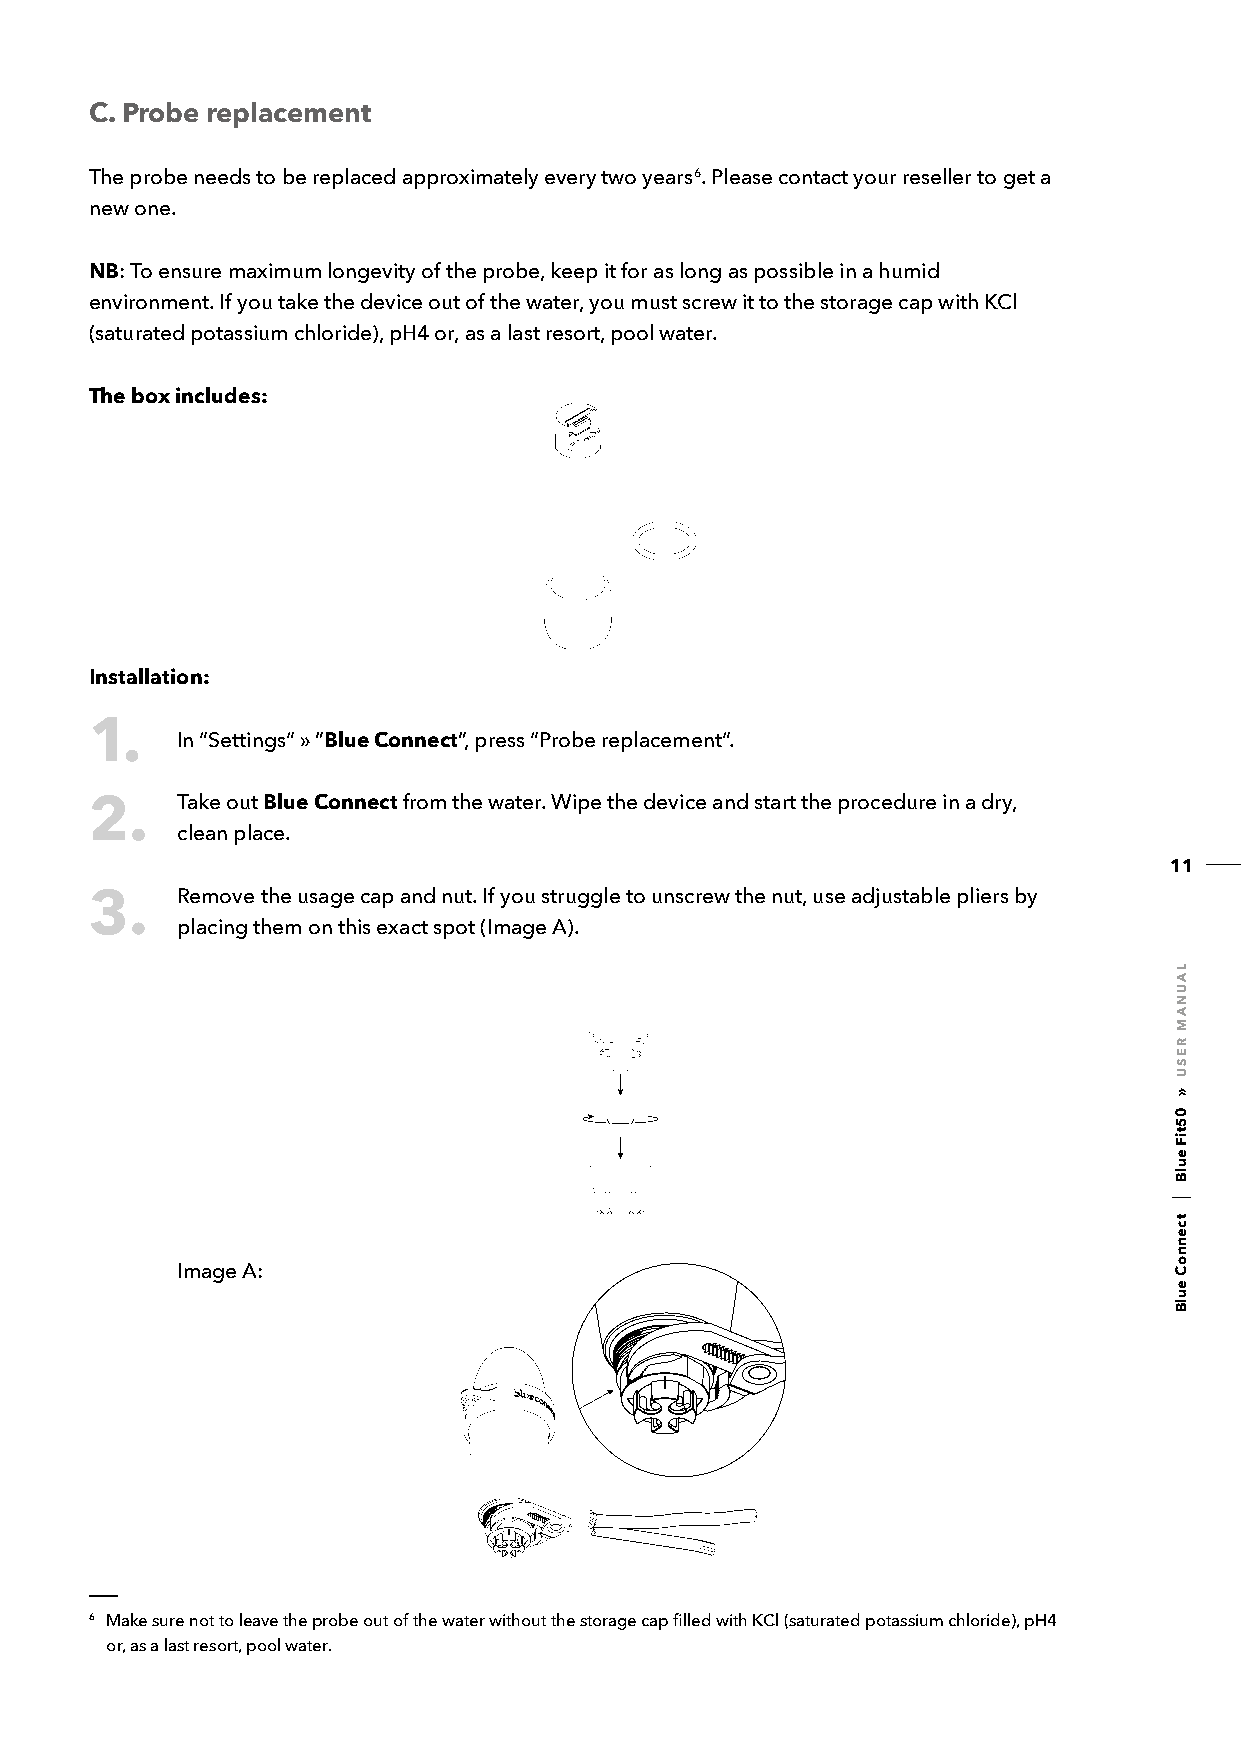
C. Probe replacement
 The probe needs to be replaced approximately every two years6. Please contact your reseller to get a
 new one.
 NB: To ensure maximum longevity of the probe, keep it for as long as possible in a humid
 environment. If you take the device out of the water, you must screw it to the storage cap with KCl
 (saturated potassium chloride), pH4 or, as a last resort, pool water.
 The box includes:
 Installation:
 1.    In “Settings“ » ”Blue Connect”, press “Probe replacement“.
 Take out Blue Connect from the water. Wipe the device and start the procedure in a dry,
 2.
 clean place.
 11
 Remove the usage cap and nut. If you struggle to unscrew the nut, use adjustable pliers by
 3.
 placing them on this exact spot (Image A).
 Image A:
 6 Make sure not to leave the probe out of the water without the storage cap filled with KCl (saturated potassium chloride), pH4
 or, as a last resort, pool water.
 LAUNAM
 RESU
 »
 05tiF
 eulB
 tcennoC
 eulB